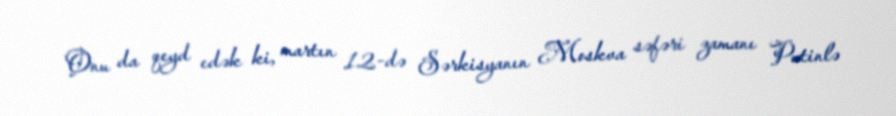
Onu da qeyd edək ki, martın 12-də Sərkisyanın Moskva səfəri zamanı Putinlə